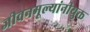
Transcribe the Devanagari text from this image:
जीवनमूल्यांनीयुक्त